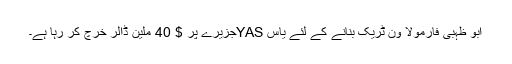
ابو ظہبی فارمولا ون ٹریک بنانے کے لئے یاس YASجزیرے پر $ 40 ملین ڈالر خرچ کر رہا ہے۔